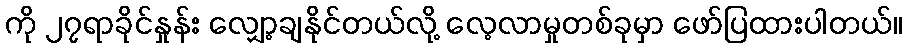
ကို ၂၇ရာခိုင်နှုန်း လျှော့ချနိုင်တယ်လို့ လေ့လာမှုတစ်ခုမှာ ဖော်ပြထားပါတယ်။